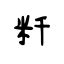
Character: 粁